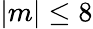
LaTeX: |m|\leq 8